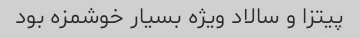
پیتزا و سالاد ویژه بسیار خوشمزه بود